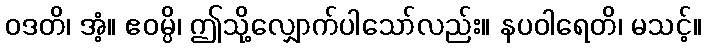
ဝဒတိ၊ အံ့။ ဧဝမ္ပိ၊ ဤသို့လျှောက်ပါသော်လည်း။ နပဝါရေတိ၊ မသင့်။